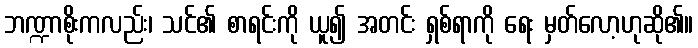
ဘဏ္ဍာစိုးကလည်း၊ သင်၏ စာရင်းကို ယူ၍ အတင်း ရှစ်ရာကို ရေး မှတ်လော့ဟုဆို၏။